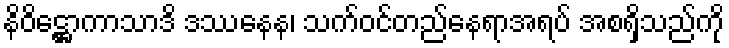
နိဝိဋ္ဌောကာသာဒိ ဒဿနေန၊ သက်ဝင်တည်နေရာအရပ် အစရှိသည်ကို